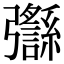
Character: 𢑈